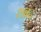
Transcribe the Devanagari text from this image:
शॿद